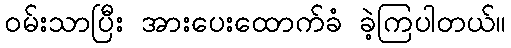
ဝမ်းသာပြီး အားပေးထောက်ခံ ခဲ့ကြပါတယ်။